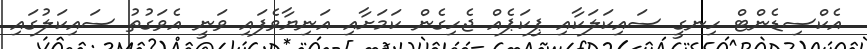
އެކްސިޑެންޓް ހިނގީ ސައިކަލަކާއި ޕިކަޕެއް ޖެހިގެން ކަމަށާއި އަނިޔާވެފައި ވަނީ އެވަގުތު ސައިކަލުގައި